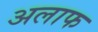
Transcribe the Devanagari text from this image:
अलाफ